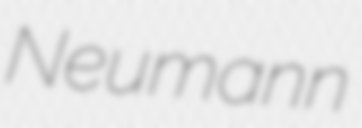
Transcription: Neumann